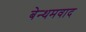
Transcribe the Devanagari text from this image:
बेन्थमवाद